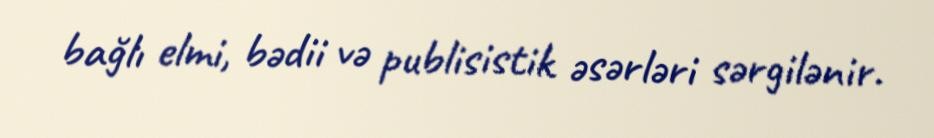
bağlı elmi, bədii və publisistik əsərləri sərgilənir.